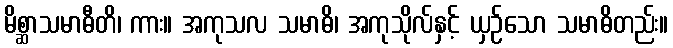
မိစ္ဆာသမာဓီတိ၊ ကား။ အကုသလ သမာဓိ၊ အကုသိုလ်နှင့် ယှဉ်သော သမာဓိတည်း။